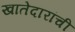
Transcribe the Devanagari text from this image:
खातेदारांची